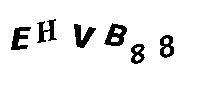
EHVB88